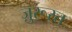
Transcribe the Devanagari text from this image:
ज़ुरूरत